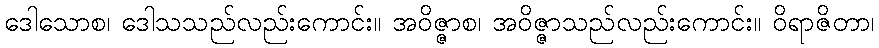
ဒေါသောစ၊ ဒေါသသည်လည်းကောင်း။ အဝိဇ္ဇာစ၊ အဝိဇ္ဇာသည်လည်းကောင်း။ ဝိရာဇိတာ၊